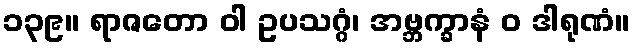
၁၃၉။ ရာဇတော ဝါ ဥပသဂ္ဂံ၊ အဗ္ဘက္ခာနံ ဝ ဒါရုဏံ။